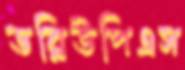
ডব্লিউপিএস